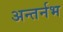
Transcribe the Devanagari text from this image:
अन्तर्नभ